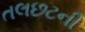
તલછટની